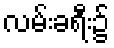
လမ်းခရီး၌